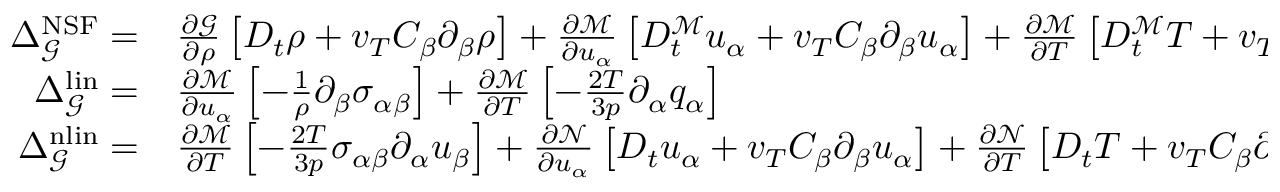
\begin{array} { r l } { \Delta _ { \mathcal { G } } ^ { \mathrm { N S F } } = } & { { } \frac { \partial \mathcal { G } } { \partial \rho } \left[ D _ { t } \rho + v _ { T } C _ { \beta } \partial _ { \beta } \rho \right] + \frac { \partial \mathcal { M } } { \partial u _ { \alpha } } \left[ D _ { t } ^ { \mathcal { M } } u _ { \alpha } + v _ { T } C _ { \beta } \partial _ { \beta } u _ { \alpha } \right] + \frac { \partial \mathcal { M } } { \partial T } \left[ D _ { t } ^ { \mathcal { M } } T + v _ { T } C _ { \beta } \partial _ { \beta } T \right] } \\ { \Delta _ { \mathcal { G } } ^ { \mathrm { l i n } } = } & { { } \frac { \partial \mathcal { M } } { \partial u _ { \alpha } } \left[ - \frac { 1 } { \rho } \partial _ { \beta } \sigma _ { \alpha \beta } \right] + \frac { \partial \mathcal { M } } { \partial T } \left[ - \frac { 2 T } { 3 p } \partial _ { \alpha } q _ { \alpha } \right] } \\ { \Delta _ { \mathcal { G } } ^ { \mathrm { n l i n } } = } & { { } \frac { \partial \mathcal { M } } { \partial T } \left[ - \frac { 2 T } { 3 p } \sigma _ { \alpha \beta } \partial _ { \alpha } u _ { \beta } \right] + \frac { \partial \mathcal { N } } { \partial u _ { \alpha } } \left[ D _ { t } u _ { \alpha } + v _ { T } C _ { \beta } \partial _ { \beta } u _ { \alpha } \right] + \frac { \partial \mathcal { N } } { \partial T } \left[ D _ { t } T + v _ { T } C _ { \beta } \partial _ { \beta } T \right] } \end{array}